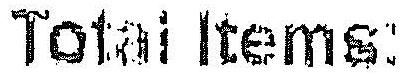
TOTAL ITEMS: